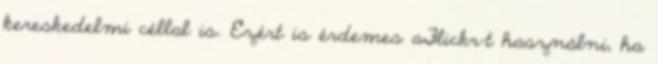
kereskedelmi céllal is. Ezért is érdemes aFlickr-t használni, ha